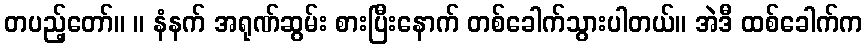
တပည့်တော်။ ။ နံနက် အရုဏ်ဆွမ်း စားပြီးနောက် တစ်ခေါက်သွားပါတယ်။ အဲဒီ ထစ်ခေါက်က